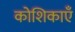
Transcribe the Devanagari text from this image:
कोशिकाऍं